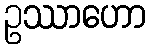
ဥဿာဟော